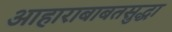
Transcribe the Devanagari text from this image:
आहाराबाबतसुद्धा